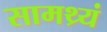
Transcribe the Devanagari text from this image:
सामथ्र्यं